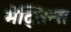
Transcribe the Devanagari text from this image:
मेद्सिन्स